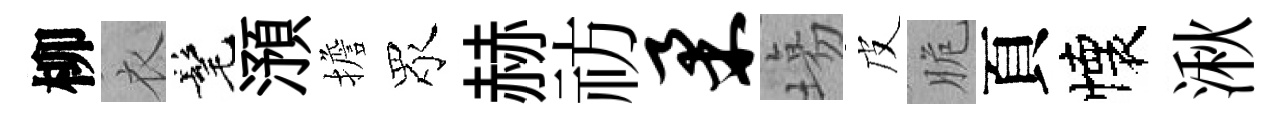
柳衣髦澦擔眾赫祊柔塲皮脆頁懐湫